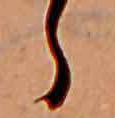
ら